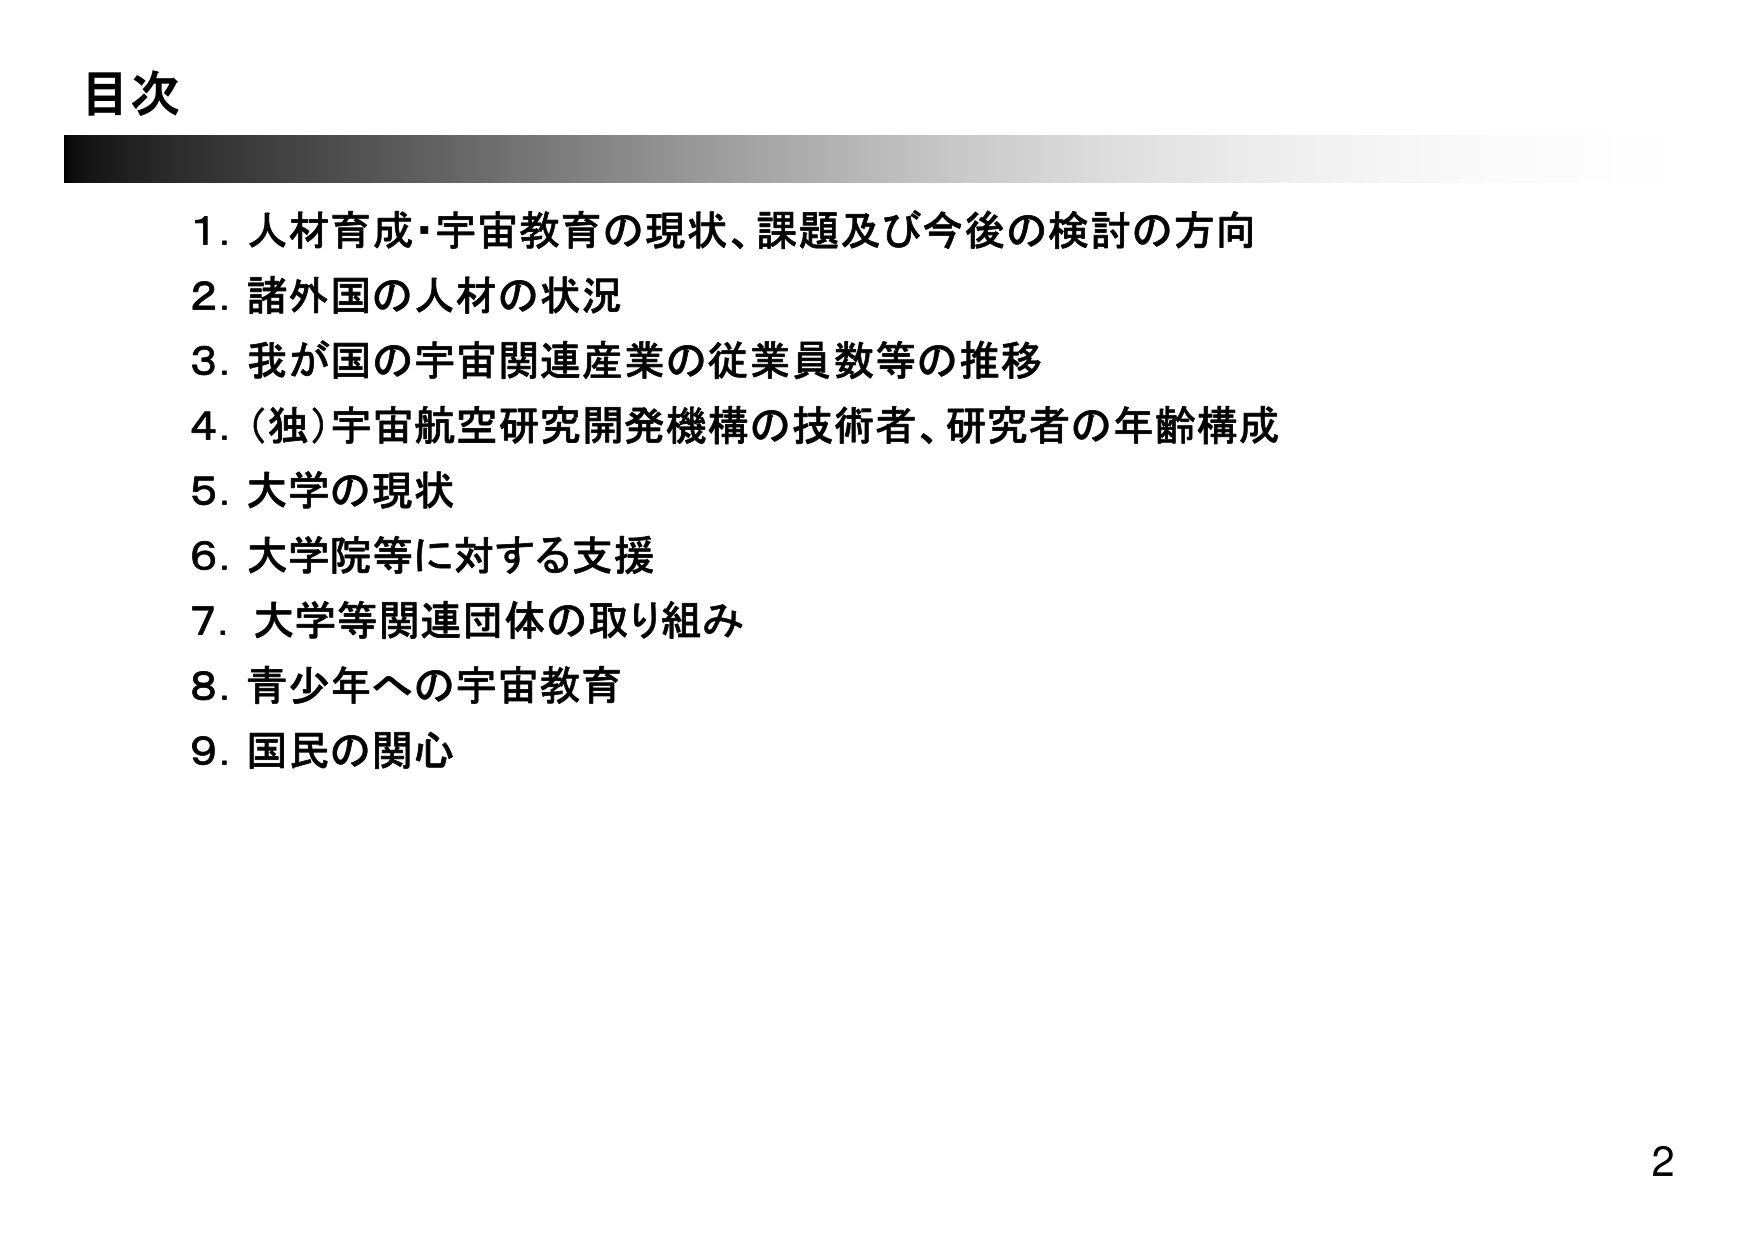
目次

1. 人材育成・宇宙教育の現状、課題及び今後の検討の方向
2. 諸外国の人材の状況
3. 我が国の宇宙関連産業の従業員数等の推移
4. (独)宇宙航空研究開発機構の技術者、研究者の年齢構成
5. 大学の現状
6. 大学院等に対する支援
7. 大学等関連団体の取り組み
8. 青少年への宇宙教育
9. 国民の関心

2